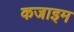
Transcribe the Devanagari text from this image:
कजाइम